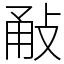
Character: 㪌